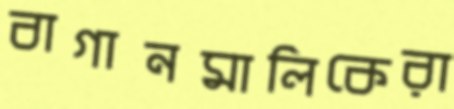
বাগানমালিকেরা